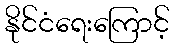
နိုင်ငံရေးကြောင့်